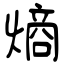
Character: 熵